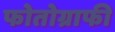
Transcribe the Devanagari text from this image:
फोतोग्राफी